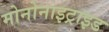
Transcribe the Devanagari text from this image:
मोनोनाइट्राइड